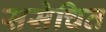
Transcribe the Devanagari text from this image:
ससेचित